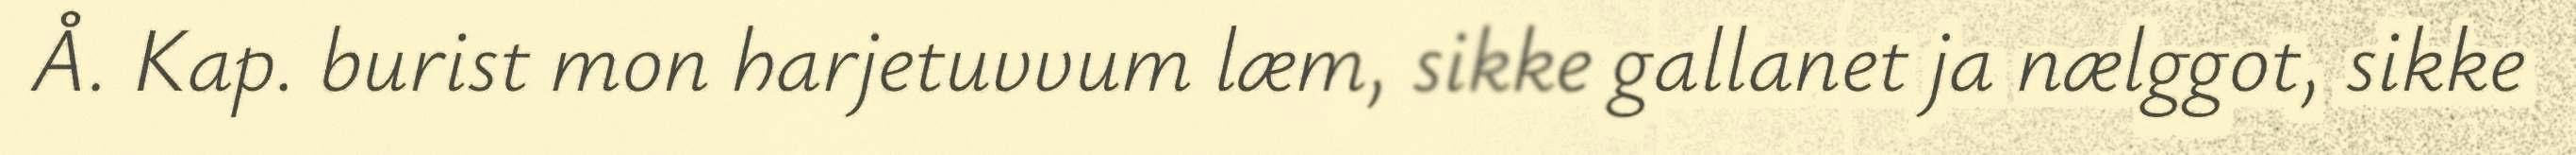
Å. Kap. burist mon harjetuvvum læm, sikke gallanet ja nælggot, sikke